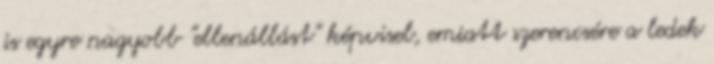
is egyre nagyobb "ellenállást" képvisel, emiatt szerencsére a ledek